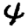
Digit: 4